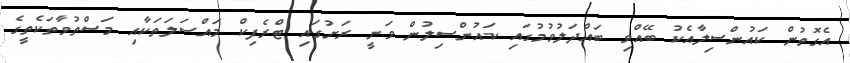
އެގޮތުން ކައުންސިލާއެކު ބޭއްވި ބައްދަލުވުމުގައި ކައުންސިލުން ވަނީ ރަށުގައި ޓްރެފިކް މައްސަލަތަކާއި މަސްތުވާތަކެތީގެ